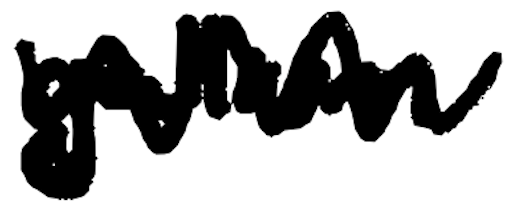
Text: gallium
Cross-out: zig-zag
Writing tool: digital_black